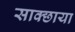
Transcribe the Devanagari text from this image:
साक्छाया